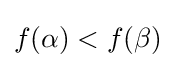
f(\alpha )<f(\beta )